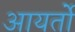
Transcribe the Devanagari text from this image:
आयर्तो